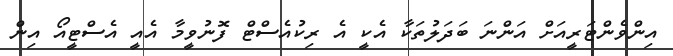
އިންވެންޓަރީއަށް އަންނަ ބަދަލުތަކާ އެކީ އެ ރިކުއެސްޓް ފޮނުވީމާ އެއީ އެސްޓީއޯ އިން